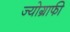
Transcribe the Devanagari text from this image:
ज्योग्राफी